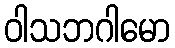
ဝါသဘဂါမော